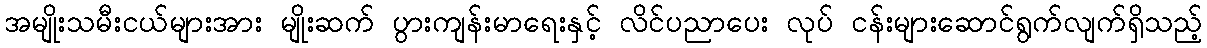
အမျိုးသမီးငယ်များအား မျိုးဆက် ပွားကျန်းမာရေးနှင့် လိင်ပညာပေး လုပ် ငန်းများဆောင်ရွက်လျက်ရှိသည့်